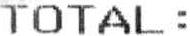
TOTAL :